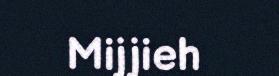
Mijjieh